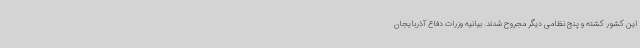
این کشور کشته و پنج نظامی دیگر مجروح شدند. بیانیه وزرات دفاع آذربایجان